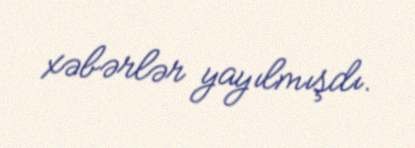
xəbərlər yayılmışdı.